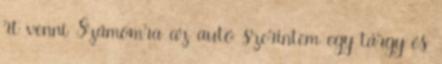
rt venni Számomra az autó szerintem egy tárgy és